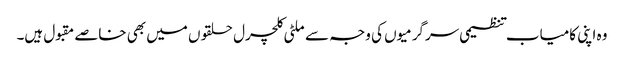
وہ اپنی کامیاب تنظیمی سرگرمیوں کی وجہ سے ملٹی کلچرل حلقوں میں بھی خاصے مقبول ہیں۔